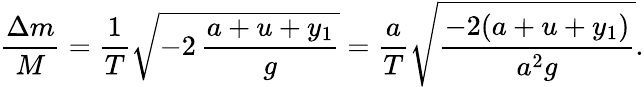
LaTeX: \frac{\Delta m}{M}=\frac{1}{T}\sqrt{-2\, \frac{a+u+y_{1}}{g}}=\frac{a}{T}\sqrt{\frac{-2(a+u+y_{1})}{a^{2}g}}.